Vana-Antsla_vallavalitsus, lk 187
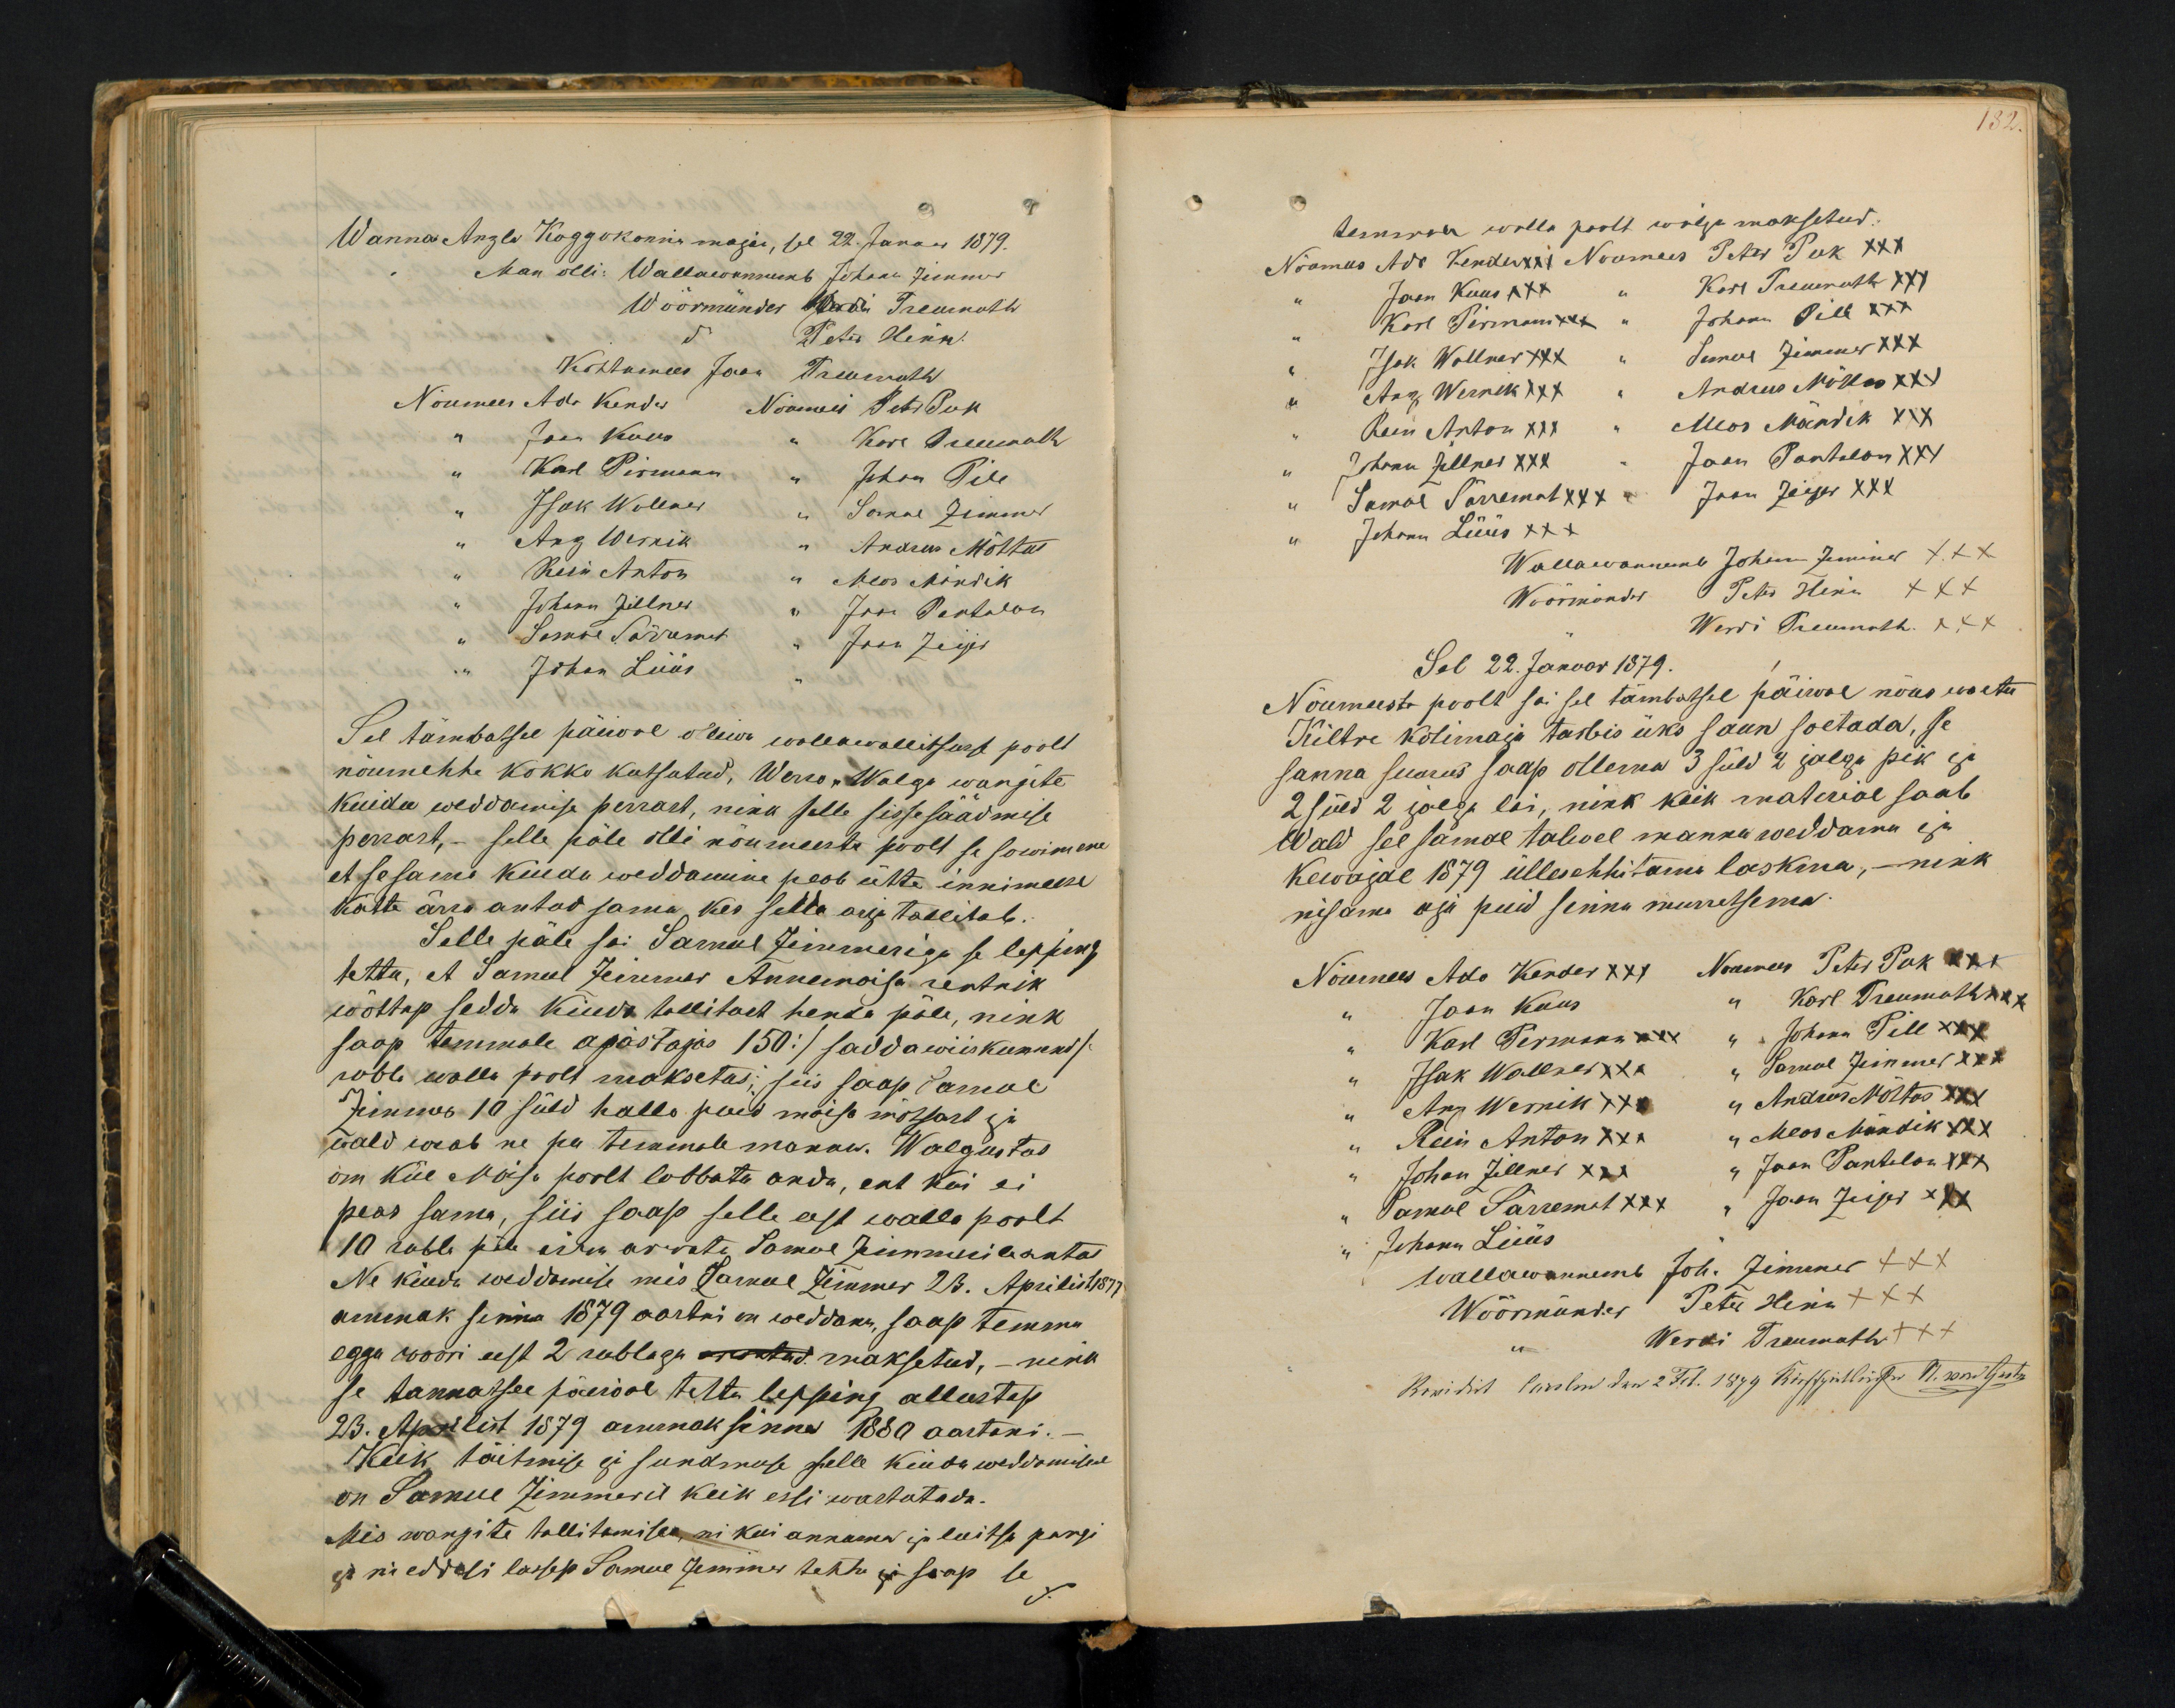
Wanna Anzla Koggokonna majan, sel 22. Januar 1879.
Man olli: Wallawannemb Johan Zimmer
Wöörmünder Madu Treumuth
do Peter Hinn.
Kohtumees Jaan Treumuth
Noumees Ado Kender Nõumees Peter Puk
Jaan Kuus
Karl Treumuth
" Karl Pirmann " Johan Pill
Isak Wallner
Samul Zimmer
Anz Wernik
Andres Möttus
Rein Anton Meos Mendik.
Johann Zillner
Jaak Pantalon
Samul Särremat " Jaan Zeijer
Johan Lüüs
Sel tämbatsel päiwal olliwa wallawallitsusse poolt
nöumehhe kokko kutsutud, Werro-Walga wangite
kindu weddamise perrast, nink selle sissesäädmise
perrast, - selle päle olli nõumeeste poolt se sowimene
et sesame Kuidu weddamine peab ütte innimeese
kätte ärra antud sama, kes sedda asja tallitab.
Selle päle sai Samuel Zimmeriga se lepping
tettu, et Samuel Zimmer Annemoisa rentnik
wöttap sedda kiudu tallitust henda päle, nink
saap temmale ajastajas 150 :/ saddawiiskummend/
rubla walla poolt massetus; siis saap Samul
Zimmer 10 süld hallo puid moisa mötsast ja
wald weab ne pu temmale manon. Walgustus
om kül Moisa poolt lobbatu anda, ent kui ei
peas sama, siis saap selle eest walla poolt
10 rubla päle ärra arwatu Samul Zimmerile antas
Ne kiudu weddamise mis Samul Zimmer 23. Aprilist 1877
ammuk sinna 1879 aastni on weddanu, saap temma
egga woori eest 2 rublaga ometud maksetud. - nink
se tannatsee päwal tettu lepping allustap
23. Aprilist 1879 ammak sinna 1880 aastani.
Keik täitmise ja sundmuse selle kiudu weddamisel
on Samul Zimmeril keik essi wastutada.
Mis wangite tallitamisee, nii kui annama ja luitse pargi
et nii eddasi lassep Samul Zimmer tehha ja saap se

182
temmal walla poolt wälja maksetud.
Nöumees Ado Kender xxx  Noumees Peter Puk XXX
Jaan Kuus xxx " Karl Treumuth xxx
Karl Pirmann xxx "
Johann Pill XXX
Isak Wallner XXX "
Samul Zimmer XXX
"Anz Wernik XXX
Andrus Möllas XXX
Rein Anton XXX
Meos Mändik XXX
Johann Zellner XXX
Jaan Pantalon XXX
Samul Särremat XXX
Jaan Zeier XXX
Johann Lüüs XXX
Wallawannemb Johann Zimmer XXX
Wöörmünder Peter Hinn XXX
Werdi Treumuth XXX
Sel 22. Januar 1879.
Nõumeeste poolt sai sel tämbatsel päiwal nõus woetu
Kiltre kolimaja tarbis üks saun soetada, se
sanna suurus saap ollema 3 süld 2 jalga pik ja
2 süld 2 jalga lai, nink keik material saab
Wald sel samal talwel mannu weddamu ja
Kewajal 1879 üllesehhitama laskma, - nink
nisama aja puid sinna murretsema.
Nöumees Ado Kender XXX Noumeer Peter Puk XXX
Jaan Kuus
Karl Treumuth XXX
Karl Permann xxx
Johann Pill XXX
Isak Wallner XXX
Samul Zimmer XXX
Anz Wernik XXX
" Andres Möttas XXX
Rein Anton XXX
" Meos Mändik XXX
Johan Zillner XXX
"Jaan Pantalon XXX
Samul Särremat  XXX
Jaan Zeiger XXX
Johann Lüüs
Wallawannemb Joh. Zimmer +++
Wõõrmünder Peter Hinn +++
Werdi Treumuth XXX